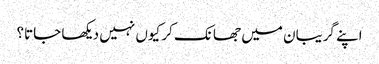
اپنے گریبان میں جھانک کر کیوں نہیں دیکھا جاتا؟